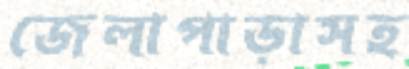
জেলাপাড়াসহ